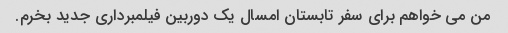
من می خواهم برای سفر تابستان امسال یک دوربین فیلمبرداری جدید بخرم.